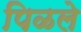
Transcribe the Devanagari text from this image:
पिळले